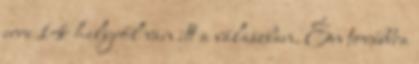
erre 14 helyről van itt a válaszban. Én továbbra